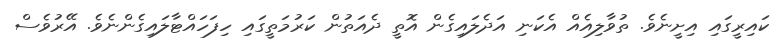
ކައިރީގައި އިށީނެވެ. ތުވާލިއެއް އެކަނި އަދެލައިގެން އޮތީ ދެއަތުން ކަރުމަތީގައި ހިފަހައްޓާލައިގެންނެވެ. އޭރުވެސް